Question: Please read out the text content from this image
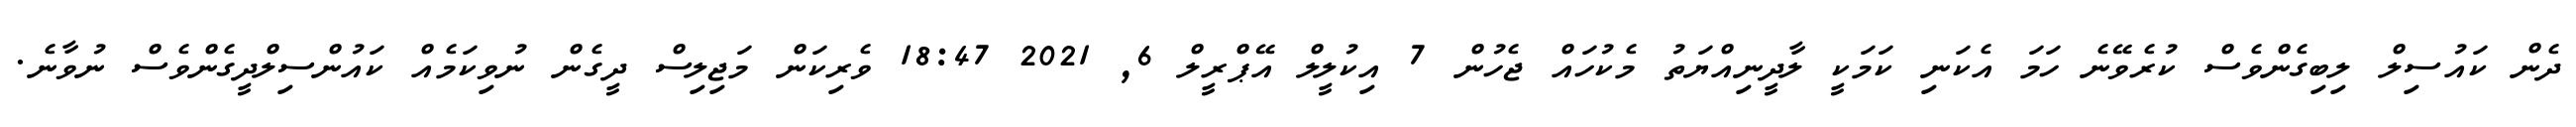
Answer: ދެން ކައުސިލް ލިބިގެންވެސް ކުރެވޭނެ ހަމަ އެކަނި ކަމަކީ ލާދީނިއްޔަތު މެކުހައް ޖެހުން 7 އިކުލީލް އޭޕްރީލް 6, 2021 18:47 ވެރިކަން މަޖިލިސް ދީގެން ނުވިކަމެއް ކައުންސިލްދީގެންވެސް ނުވާނެ.